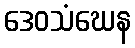
ဒေဝသံဃေန